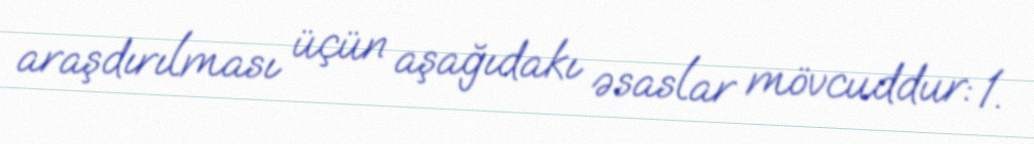
araşdırılması üçün aşağıdakı əsaslar mövcuddur: 1.